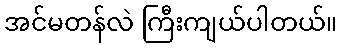
အင်မတန်လဲ ကြီးကျယ်ပါတယ်။